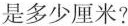
是多少厘米?